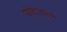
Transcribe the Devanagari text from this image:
घोटाळाच